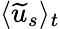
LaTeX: \langle\widetilde{u}_{s}\rangle_{t}